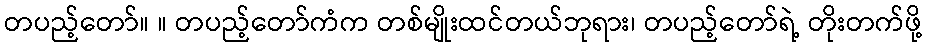
တပည့်တော်။ ။ တပည့်တော်ကံက တစ်မျိုးထင်တယ်ဘုရား၊ တပည့်တော်ရဲ့ တိုးတက်ဖို့